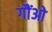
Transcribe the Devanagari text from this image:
गौंओ